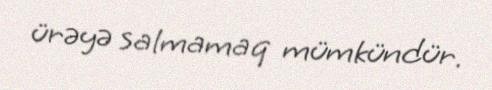
ürəyə salmamaq mümkündür.